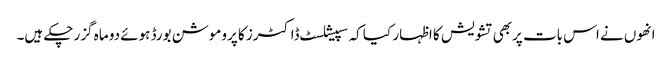
انھوں نے اس بات پربھی تشویش کا اظہار کیا کہ سپیشلسٹ ڈاکٹرز کا پروموشن بورڈ ہوئے دو ماہ گزر چکے ہیں۔